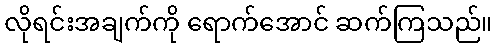
လိုရင်းအချက်ကို ရောက်အောင် ဆက်ကြသည်။